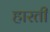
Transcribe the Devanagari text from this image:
हारती